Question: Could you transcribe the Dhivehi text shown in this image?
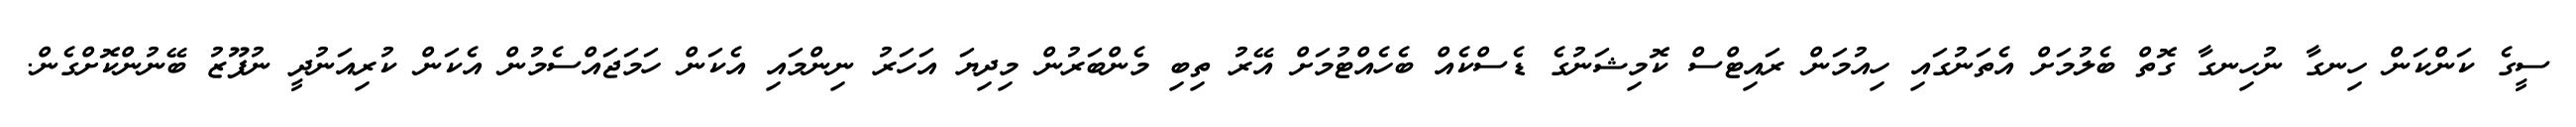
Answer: ސީގެ ކަންކަން ހިނގާ ނުހިނގާ ގޮތް ބެލުމަށް އެތަނުގައި ހިއުމަން ރައިޓްސް ކޮމިޝަނުގެ ޑެސްކެއް ބެހެއްޓުމަށް އޭރު ތިބި މެންބަރުން މިދިޔަ އަހަރު ނިންމައި އެކަން ހަމަޖައްސެމުން އެކަން ކުރިއަނުދީ ނުފޫޒު ބޭނުންކޮށްގެން.